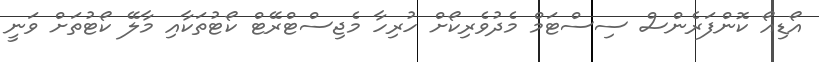
އޯޑިއޯ ކޮންފަރެންސް ސިސްޓަމް މެދުވެރިކޯށް ހުރިހާ މެޖިސްޓްރޭޓް ކޯޓުތަކާއި މާލޭ ކޯޓުތަށް ވަނީ